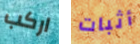
اركب أثبات